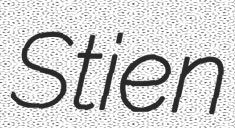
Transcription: Stien